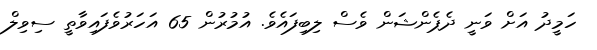
ހަމީދު އަށް ވަނީ ދެޕެންޝަން ވެސް ލިބިފައެވެ. އުމުރުން 65 އަހަރުވެފައިވާތީ ސިވިލް